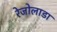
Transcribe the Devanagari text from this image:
रेजोलाडा